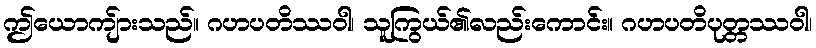
ဤယောကျ်ားသည်။ ဂဟပတိဿဝါ၊ သူကြွယ်၏လည်းကောင်း။ ဂဟပတိပုတ္တဿဝါ၊